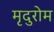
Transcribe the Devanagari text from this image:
मृदुरोम